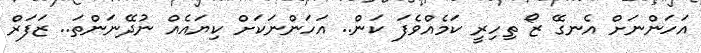
އަހަންނަށް އެނގޭ ޒޯ ތިހިރީ ކަމެއްވެފަ ކަން.. އަހަންނަކަށް ކިޔައެއް ނުދޭނަންތަ.. ޒަފަރް